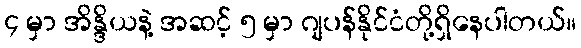
၄ မှာ အိန္ဒိယနဲ့ အဆင့် ၅ မှာ ဂျပန်နိုင်ငံတို့ရှိနေပါတယ်။